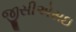
જીસીએસઇ